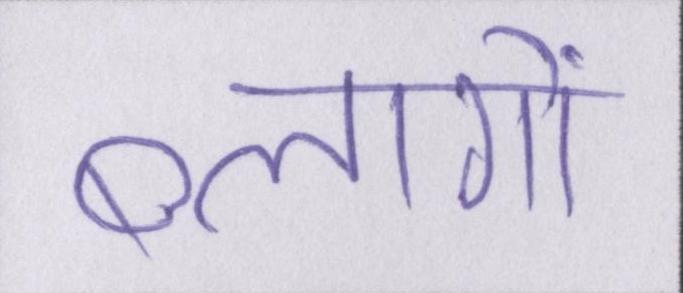
ब्लागों